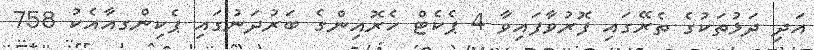
އަދި ދަޅުތަކުގެ ތެރޭގައި ފޮރުވާފައިވާ 4 ޕެކެޓް ހެރޮއިންގެ ބަރުދަނުގައި ޕެކިންގއާއެކު 758